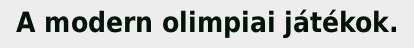
A modern olimpiai játékok.